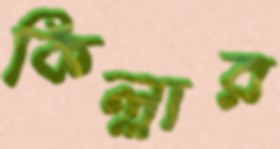
কিল্লার